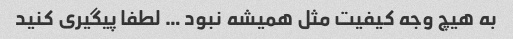
به هیچ وجه کیفیت مثل همیشه نبود … لطفا پیگیری کنید